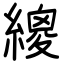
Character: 繌